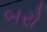
બરો